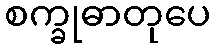
စက္ခုဓာတုပေ